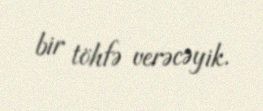
bir töhfə verəcəyik.